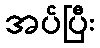
အပ်ပြီး